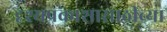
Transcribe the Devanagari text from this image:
दृश्यप्रकाशासाठीच्या